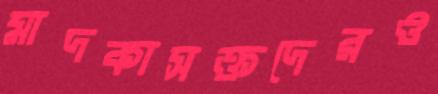
মাদকাসক্তদেরও